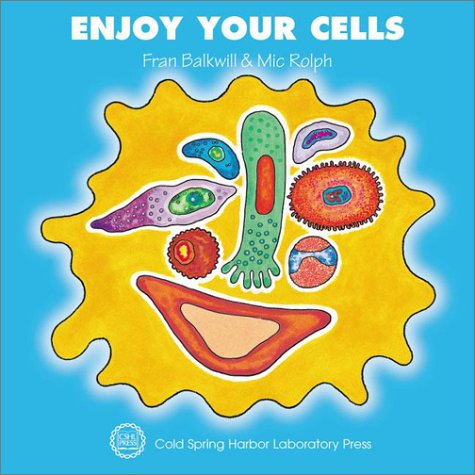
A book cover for Enjoy Your Cells; Fran Balkwill; Children's Books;